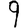
Digit: 9